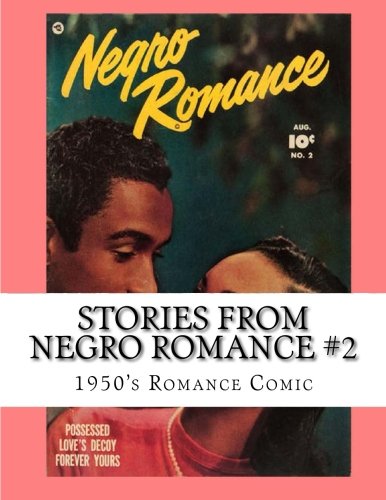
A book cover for Stories From Negro Romance #2: 1950's Romance Comic Book; Kari A Therrian; Comics & Graphic Novels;